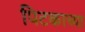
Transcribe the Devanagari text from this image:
पिटकाच्या